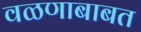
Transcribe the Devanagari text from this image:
वळणाबाबत